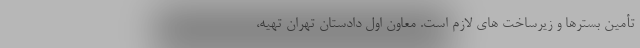
تأمین بسترها و زیرساخت های لازم است. معاون اول دادستان تهران تهیه،